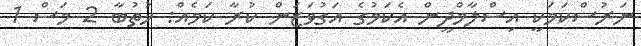
ނަރުސްކަމަކީ އިސްލާމްދީން އެކަމުގެ އަގުވަޒަން ކުރާ ކަމެއް: ޚުތުބާ 2 މަސް 1